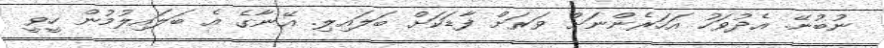
ނުބުނޭ. އެދުވަހު އަހަރެންނަށް ވަރަށް ފާޑަކަށް ބަލައިލި. އޭނާގެ އެ ބަލައިލުމުން ހީވީ